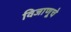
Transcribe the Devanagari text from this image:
विजाणूचे